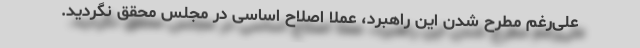
علی‌رغم مطرح شدن این راهبرد، عملاً اصلاح اساسی در مجلس محقق نگردید.